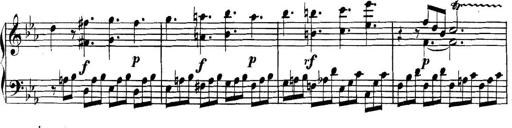
Title: Collected Piano Sonatas
Composer: Muzio Clementi